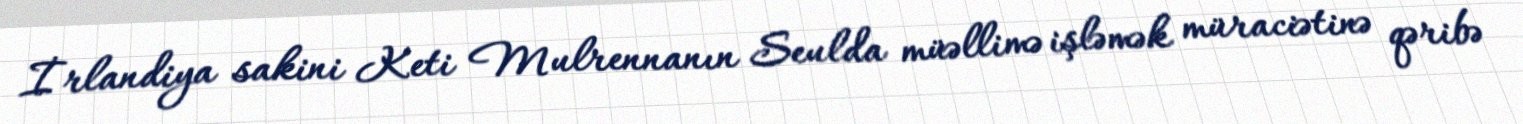
İrlandiya sakini Keti Mulrennanın Seulda müəllimə işləmək müraciətinə qəribə